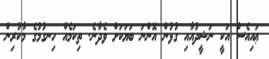
ޢައިއެސް އަކީ ނަޝީދުއާއި ގުޅުން އޮންނަ ބަޔަކަށް ވެދާނެ. ތިކަމެއް ހިނގުމުގެ މާކުރިން